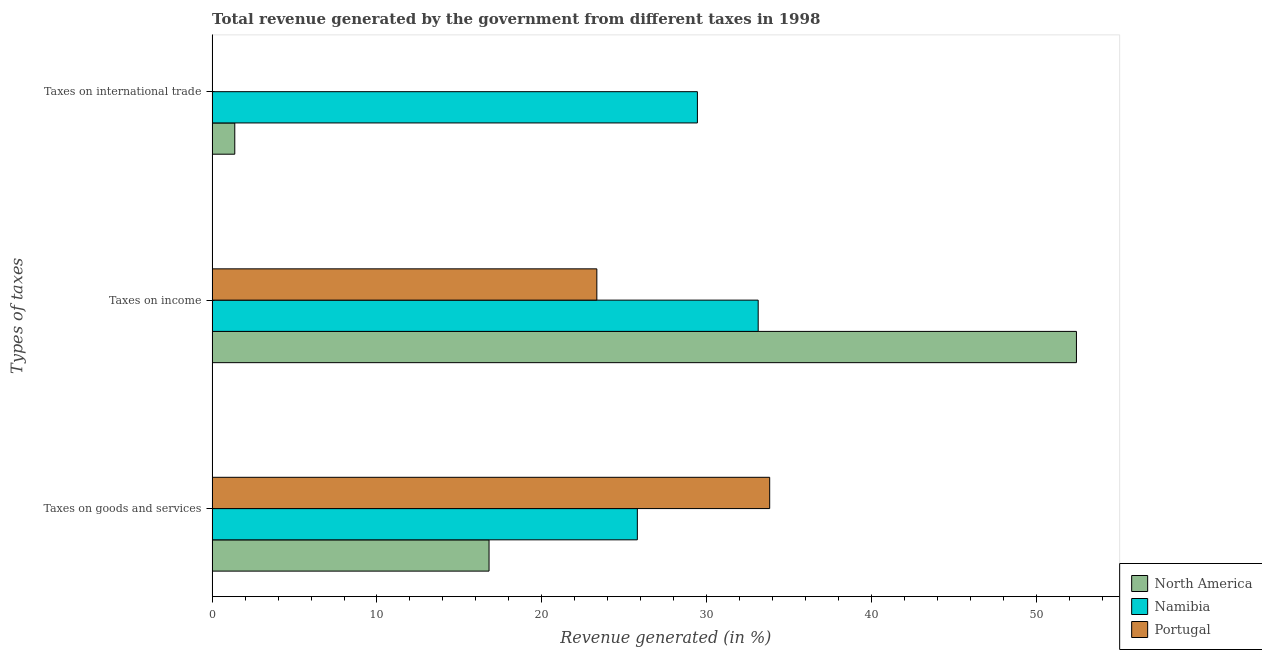
| Types of taxes | North America | Namibia | Portugal |
 | --- | --- | --- | --- |
 | Taxes on goods and services | 16.8 | 25.8 | 33.8 |
 | Taxes on income | 52.4 | 33.1 | 23.3 |
 | Taxes on international trade | 1.37 | 29.4 | 0.00625 |